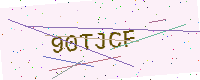
Text: 90TJCF